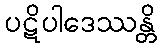
ပဋိပါဒေဿန္တိ